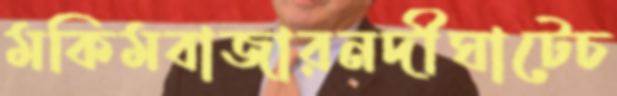
মকিমবাজারনদীঘাটেচ